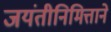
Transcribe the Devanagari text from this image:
जयंतीनिमित्ताने